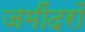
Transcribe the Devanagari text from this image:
जमींदरों